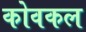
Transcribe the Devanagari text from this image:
कोवकल